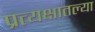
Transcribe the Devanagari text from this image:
प्रत्यक्षातल्या